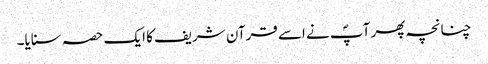
چنانچہ پھر آپؐ نے اسے قرآن شریف کا ایک حصہ سنایا۔